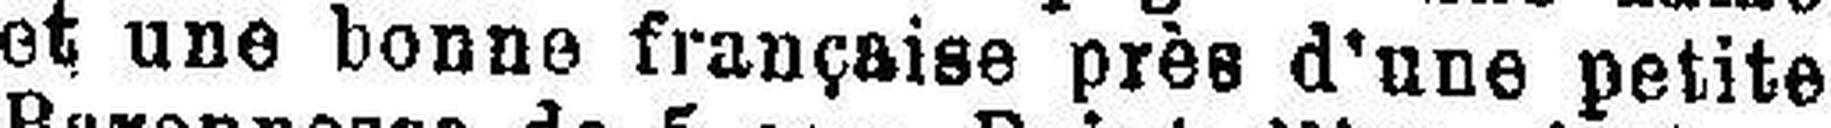
et une bonne française près d'une petite